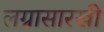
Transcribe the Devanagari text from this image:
लग्नासारखी